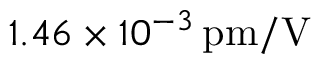
1 . 4 6 \times 1 0 ^ { - 3 } \, \mathrm { p m / V }